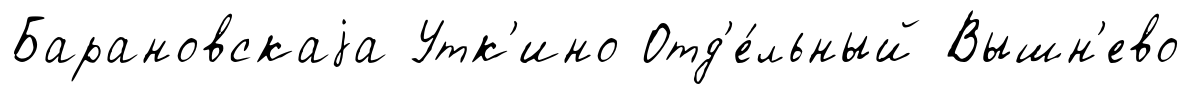
Барановскаjа Утк'ино Отд'е́льный Вышн'ево